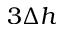
3 \Delta { h }